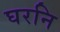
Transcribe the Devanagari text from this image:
घरनि